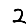
Digit: 2